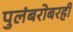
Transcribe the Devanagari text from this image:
पुलंबरोबरही